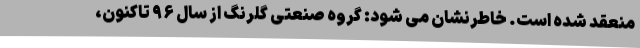
منعقد شده است. خاطرنشان می شود: گروه صنعتی گلرنگ از سال ۹۶ تاکنون،